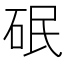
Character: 䂥